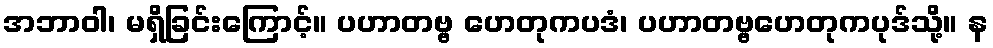
အဘာဝါ၊ မရှိခြင်းကြောင့်။ ပဟာတဗ္ဗ ဟေတုကပဒံ၊ ပဟာတဗ္ဗဟေတုကပုဒ်သို့။ န